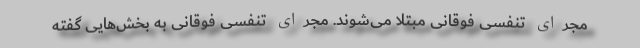
مجرای تنفسی فوقانی مبتلا می‌شوند. مجرای تنفسی فوقانی به بخش‌هایی گفته